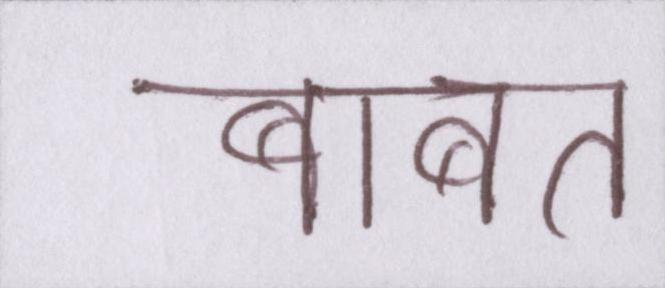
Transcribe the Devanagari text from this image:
बाबत